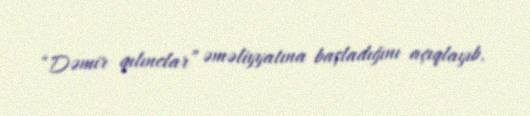
“Dəmir qılınclar” əməliyyatına başladığını açıqlayıb.